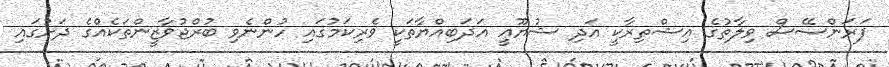
ފަރަންސޭސް ވިލާތުގެ އިޝްތިރާކީ އަދި ޝުޔޫޢީ އަދަބިއްޔާތަކީ ވެރިކަމުގައި ހުންނެވި ބުރްޖުވާޒީންތަކެއްގެ ދަށުގައި